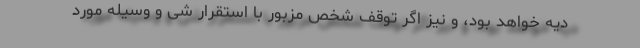
دیه خواهد بود، و نیز اگر توقف شخص مزبور با استقرار شی و وسیله مورد